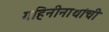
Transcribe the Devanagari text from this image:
गहिनीनाथांची